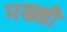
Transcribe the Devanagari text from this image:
मख्खी